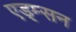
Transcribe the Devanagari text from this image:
एड्म्सन